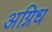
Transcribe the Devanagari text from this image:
अग्निध